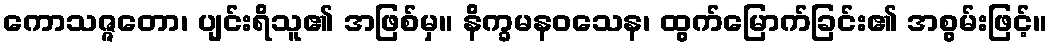
ကောသဇ္ဇတော၊ ပျင်းရိသူ၏ အဖြစ်မှ။ နိက္ခမနဝသေန၊ ထွက်မြောက်ခြင်း၏ အစွမ်းဖြင့်။